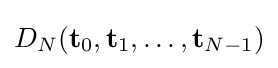
D_{N}(\mathbf {t} _{0},\mathbf {t} _{1},\dots ,\mathbf {t} _{N-1})